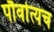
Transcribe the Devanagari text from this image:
पौर्वात्यच